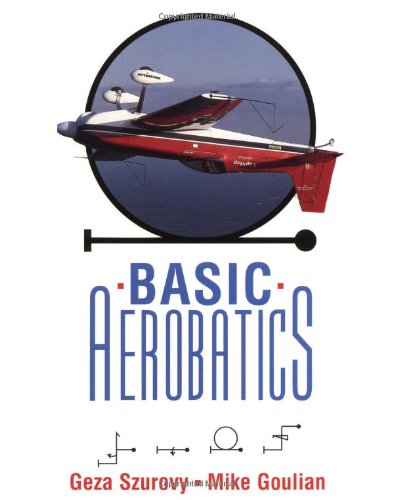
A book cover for Basic Aerobatics; Geza Szurovy; Sports & Outdoors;